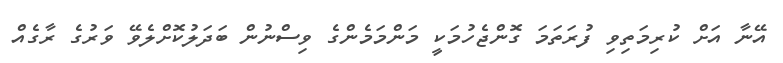
އޭނާ އަށް ކުރިމަތިވި ފުރަތަމަ ގޮންޖެހުމަކީ މަންމަމެންގެ ވިސްނުން ބަދަލުކޮށްލެވޭ ވަރުގެ ރާގެއް